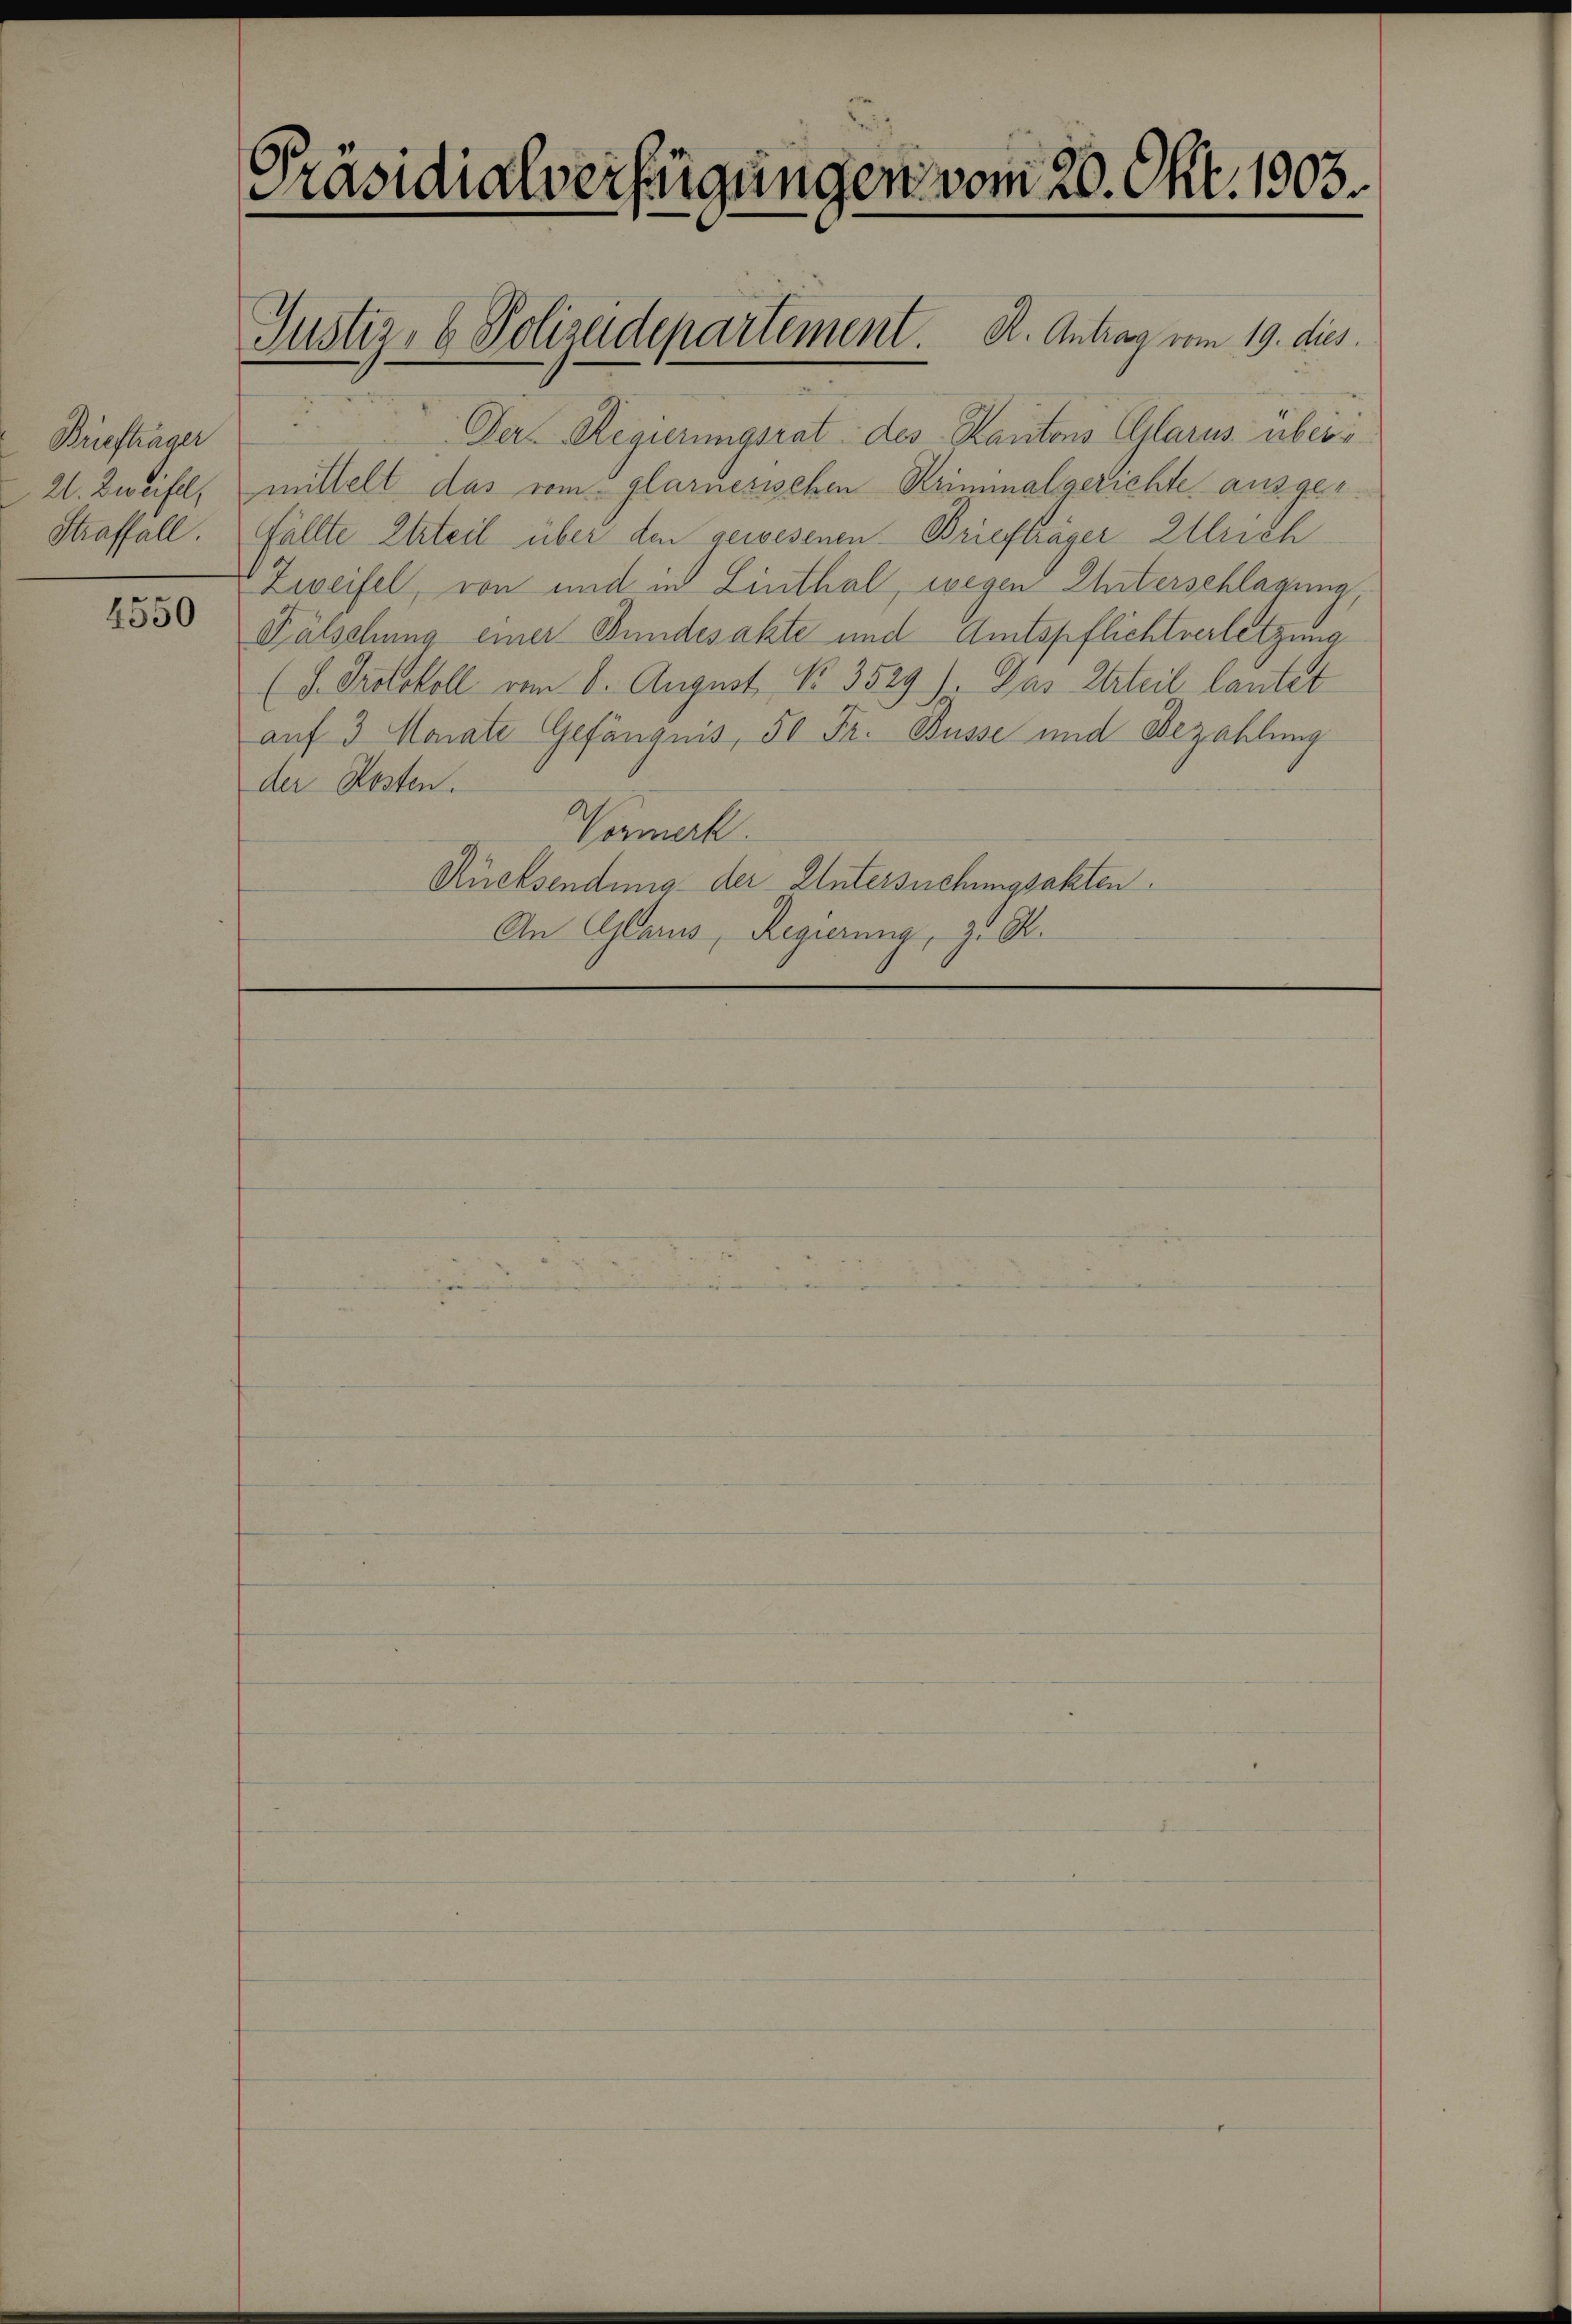
Briefträger
2. Zweifel,
Straffall.

4550

Präsidialverfügungen vom 20. Okt. 1903

u
 Der Regierungsrat des Kantons Glarus überi
mittelt das vom glarnesischen Kriminalgerichte ausger.
Ffällte Urteil über den gewesenen Brieftrager Ulrich
Zweifel, von und in Linthal, wegen Unterschlagung,
Fälschung einer Bundesakte und Amtspflichtverletzung
(d. Protokoll vom 6. August No. 3529). Das Urteil lautet
auf 3 Monate Gefängnis, 50 Fr. Busse und Bezahlung
der Kosten.
Wermerk
Rücksendung der Untersuchungsakten.
An Glarus, Regierung, z. R.

Justiz- & Polizeidepartement K. Antrag vom 19. dies